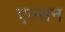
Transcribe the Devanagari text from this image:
एल्सन